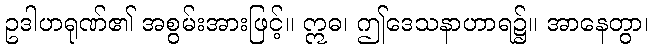
ဥဒါဟရုဏ်၏ အစွမ်းအားဖြင့်။ ဣဓ၊ ဤဒေသနာဟာရ၌။ အာနေတွာ၊